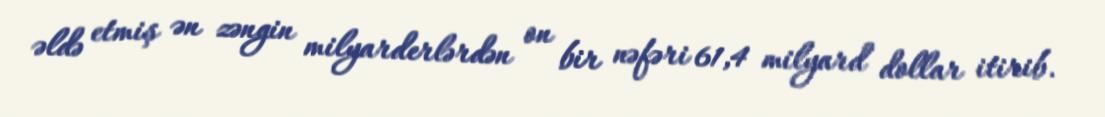
əldə etmiş ən zəngin milyarderlərdən on bir nəfəri 61,4 milyard dollar itirib.